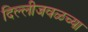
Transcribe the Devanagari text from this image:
दिल्लीजवळच्या